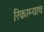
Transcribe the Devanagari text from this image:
रिकाम्याच